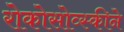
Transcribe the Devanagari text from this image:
रोकोसोव्स्कीने